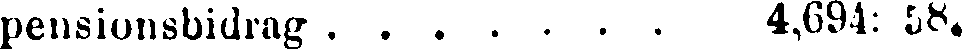
pensionsbidrag . . . . . . . 4,694: 58.